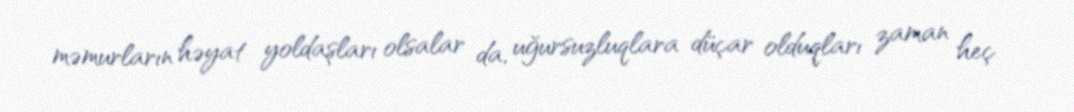
məmurların həyat yoldaşları olsalar da, uğursuzluqlara düçar olduqları zaman heç